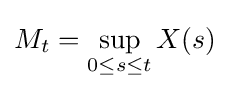
M_{t}=\sup _{0\leq s\leq t}X(s)